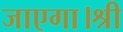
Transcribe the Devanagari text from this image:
जाएगा।श्री